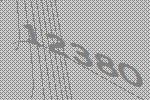
12380